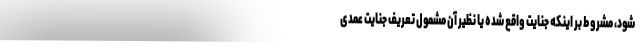
شود، مشروط بر اینکه جنایت واقع شده یا نظیر آن مشمول تعریف جنایت عمدی